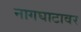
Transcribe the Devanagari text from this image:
नागघाटावर